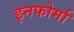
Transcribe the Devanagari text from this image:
इनफोर्मा